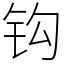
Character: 钩